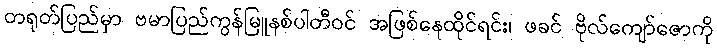
တရုတ်ပြည်မှာ ဗမာပြည်ကွန်မြူနစ်ပါတီဝင် အဖြစ်နေထိုင်ရင်း၊ ဖခင် ဗိုလ်ကျော်ဇောကို